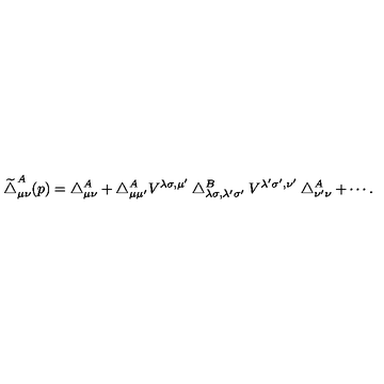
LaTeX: \widetilde { \bigtriangleup } _ { \mu \nu } ^ { A } ( p ) = \bigtriangleup _ { \mu \nu } ^ { A } + \bigtriangleup _ { \mu \mu ^ { \prime } } ^ { A } V ^ { \lambda \sigma , \mu ^ { \prime } } \bigtriangleup _ { \lambda \sigma , \lambda ^ { \prime } \sigma ^ { \prime } } ^ { B } V ^ { \lambda ^ { \prime } \sigma ^ { \prime } , \nu ^ { \prime } } \bigtriangleup _ { \nu ^ { \prime } \nu } ^ { A } + \cdots .